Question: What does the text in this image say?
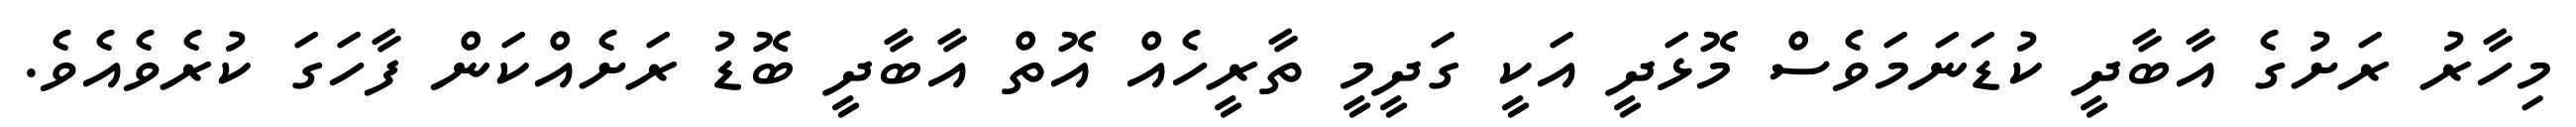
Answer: މިހާރު ރަށުގެ އާބާދީ ކުޑަނަމަވެސް މޮޅަދީ އަކީ ގަދީމީ ތާރީހެއް އޮތް އާބާދީ ބޮޑު ރަށެއްކަން ފާހަގަ ކުރެވެއެވެ.